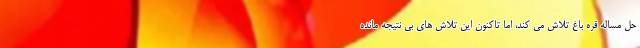
حل مساله قره باغ تلاش می کند، اما تاکنون این تلاش های بی نتیجه مانده